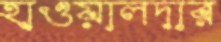
হাওয়ালদার